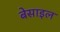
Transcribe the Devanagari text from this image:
बेसाइल